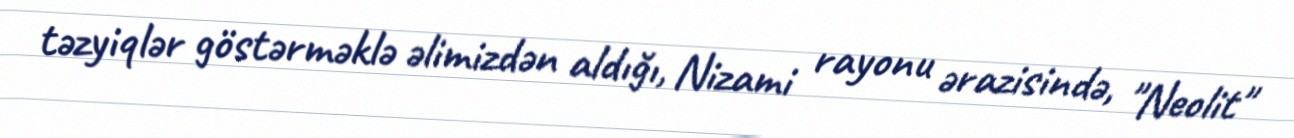
təzyiqlər göstərməklə əlimizdən aldığı, Nizami rayonu ərazisində, "Neolit"